Civil Veterinary Department. United Provinces 1932-42 - 1932-1942
Year: 1932
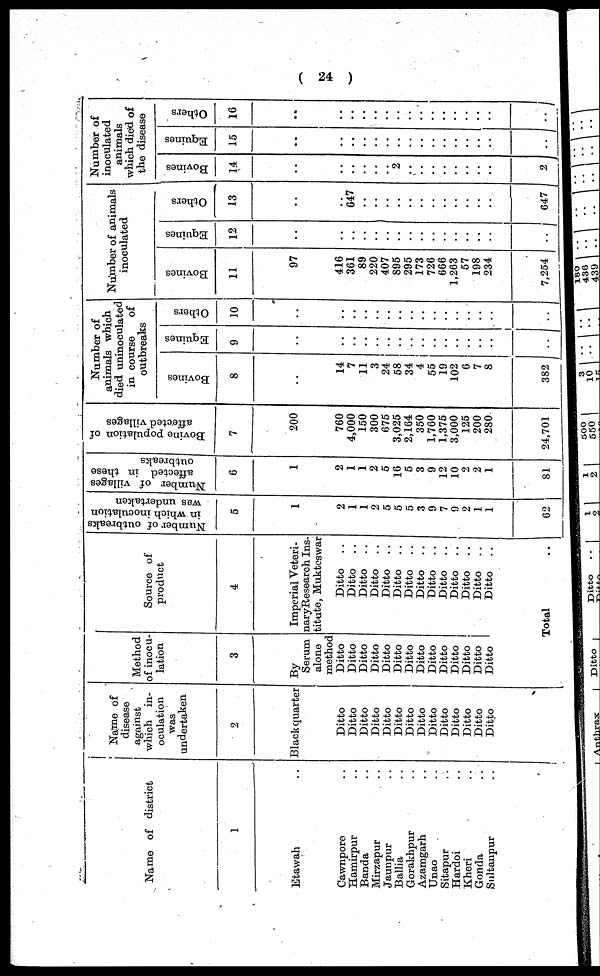
( 24 )
Name of district
1
Etawah ..
Cawnpore ..
Hamirpur ..
Banda ..
Mirzapur ..
Jaunpur ..
Ballia ..
Gorakhpur ..
Azamgarh ..
Unao ..
Sitapur ..
Hardoi ..
Kheri ..
Gonda ..
Sultanpur ..
Name of
disease
against
which in-
oculation
was
undertaken
2
Black quarter
Ditto
Ditto
Ditto
Ditto
Ditto
Ditto
Ditto
Ditto
Ditto
Ditto
Ditto
Ditto
Ditto
Ditto
Method
of inocu-
lation
3
By
Serum
alone
method
Ditto
Ditto
Ditto
Ditto
Ditto
Ditto
Ditto
Ditto
Ditto
Ditto
Ditto
Ditto
Ditto
Ditto
Source of
product
4
Imperial Veteri-
naryResearch Ins-
titute, Mukteswar
Ditto
..
Ditto
..
Ditto
..
Ditto
..
Ditto
..
Ditto
..
Ditto
..
Ditto
..
Ditto
..
Ditto
..
Ditto
..
Ditto
..
Ditto
..
Ditto
..
Total ..
Number of outbreaks
in which inoculation
was undertaken
5
1
2
1
1
2
5
5
5
3
9
7
9
2
1
1
62
Number of villages
affected in these
outbreaks
6
1
2
1
1
2
5
16
5
3
9
12
10
2
2
1
81
Bovine population of
affected villages
7
200
760
4,000
150
300
675
3,025
2,164
350
1,760
1,375
3,000
125
200
280
24,701
Number of
animals which
died uninoculated
in course
of
outbreaks
Bovines
8
..
14
7
11
3
24
58
34
4
55
19
102
6
7
8
382
Equines
9
..
..
..
..
..
..
..
..
..
..
..
..
..
..
..
..
Others
10
..
..
..
..
..
..
..
..
..
..
..
..
..
..
..
..
Number of animals
inoculated
Bovines
11
97
416
361
89
220
407
895
295
173
726
666
1,263
57
198
234
7,254
Equines
12
..
..
..
..
..
..
..
..
..
..
..
..
..
..
..
..
Others
13
..
..
647
..
..
..
..
..
..
..
..
..
..
..
..
647
Number of
inoculated
animals
which died of
the disease
Bovines
14
..
..
..
..
..
..
2
..
..
..
..
..
..
..
..
2
Equines
15
..
..
..
..
..
..
..
..
..
..
..
..
..
..
..
..
Others
16
..
..
..
..
..
..
..
..
..
..
..
..
..
..
..
..